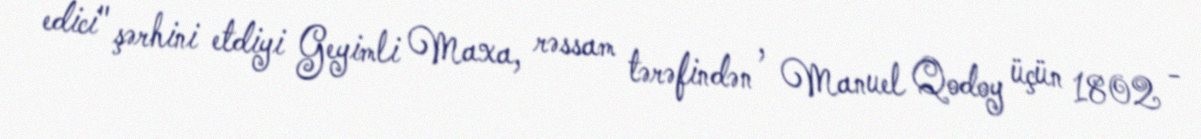
edici" şərhini etdiyi Geyimli Maxa, rəssam tərəfindən , Manuel Qodoy üçün 1802 -